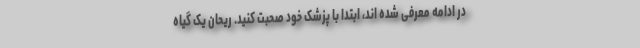
در ادامه معرفی شده اند، ابتدا با پزشک خود صحبت کنید. ریحان یک گیاه